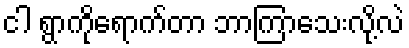
ငါ ရွာကိုရောက်တာ ဘာကြာသေးလို့လဲ